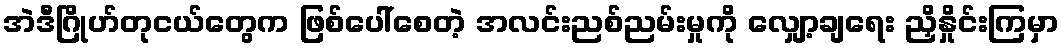
အဲဒီဂြိုဟ်တုငယ်တွေက ဖြစ်ပေါ်စေတဲ့ အလင်းညစ်ညမ်းမှုကို လျှော့ချရေး ညှိနှိုင်းကြမှာ